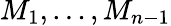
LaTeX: M_{1},\ldots,M_{n-1}